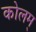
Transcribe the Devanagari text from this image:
कोलम्